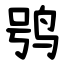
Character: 鸮